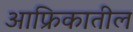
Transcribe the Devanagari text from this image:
आफ्रिकातील